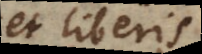
in literis